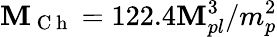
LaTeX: \mathbf{M}_{\mathrm{{~C~h~}}}=122.4\mathbf{M}_{pl}^{3}/m_{p}^{2}